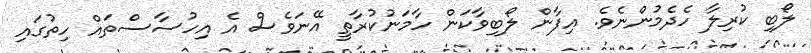
ލޯބި ކުރިލާ ހެދެމުންނެވެ. އިފާން ލޯބިވާކަން ހާމަނުކުރާތީ އޭނަވެސް އެ އިހުސާސްތައް ހިތުގައި